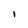
Character: I